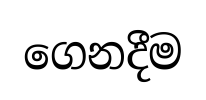
ගෙනදීම